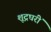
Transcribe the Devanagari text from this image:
शूद्रघरीं